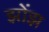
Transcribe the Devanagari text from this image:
झोंझ